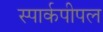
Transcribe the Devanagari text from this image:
स्पार्कपीपल